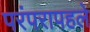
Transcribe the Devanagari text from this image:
परंपरापहले